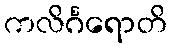
ကလိင်္ဂရောတိ